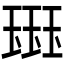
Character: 𰢊